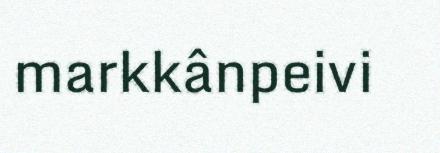
markkânpeivi